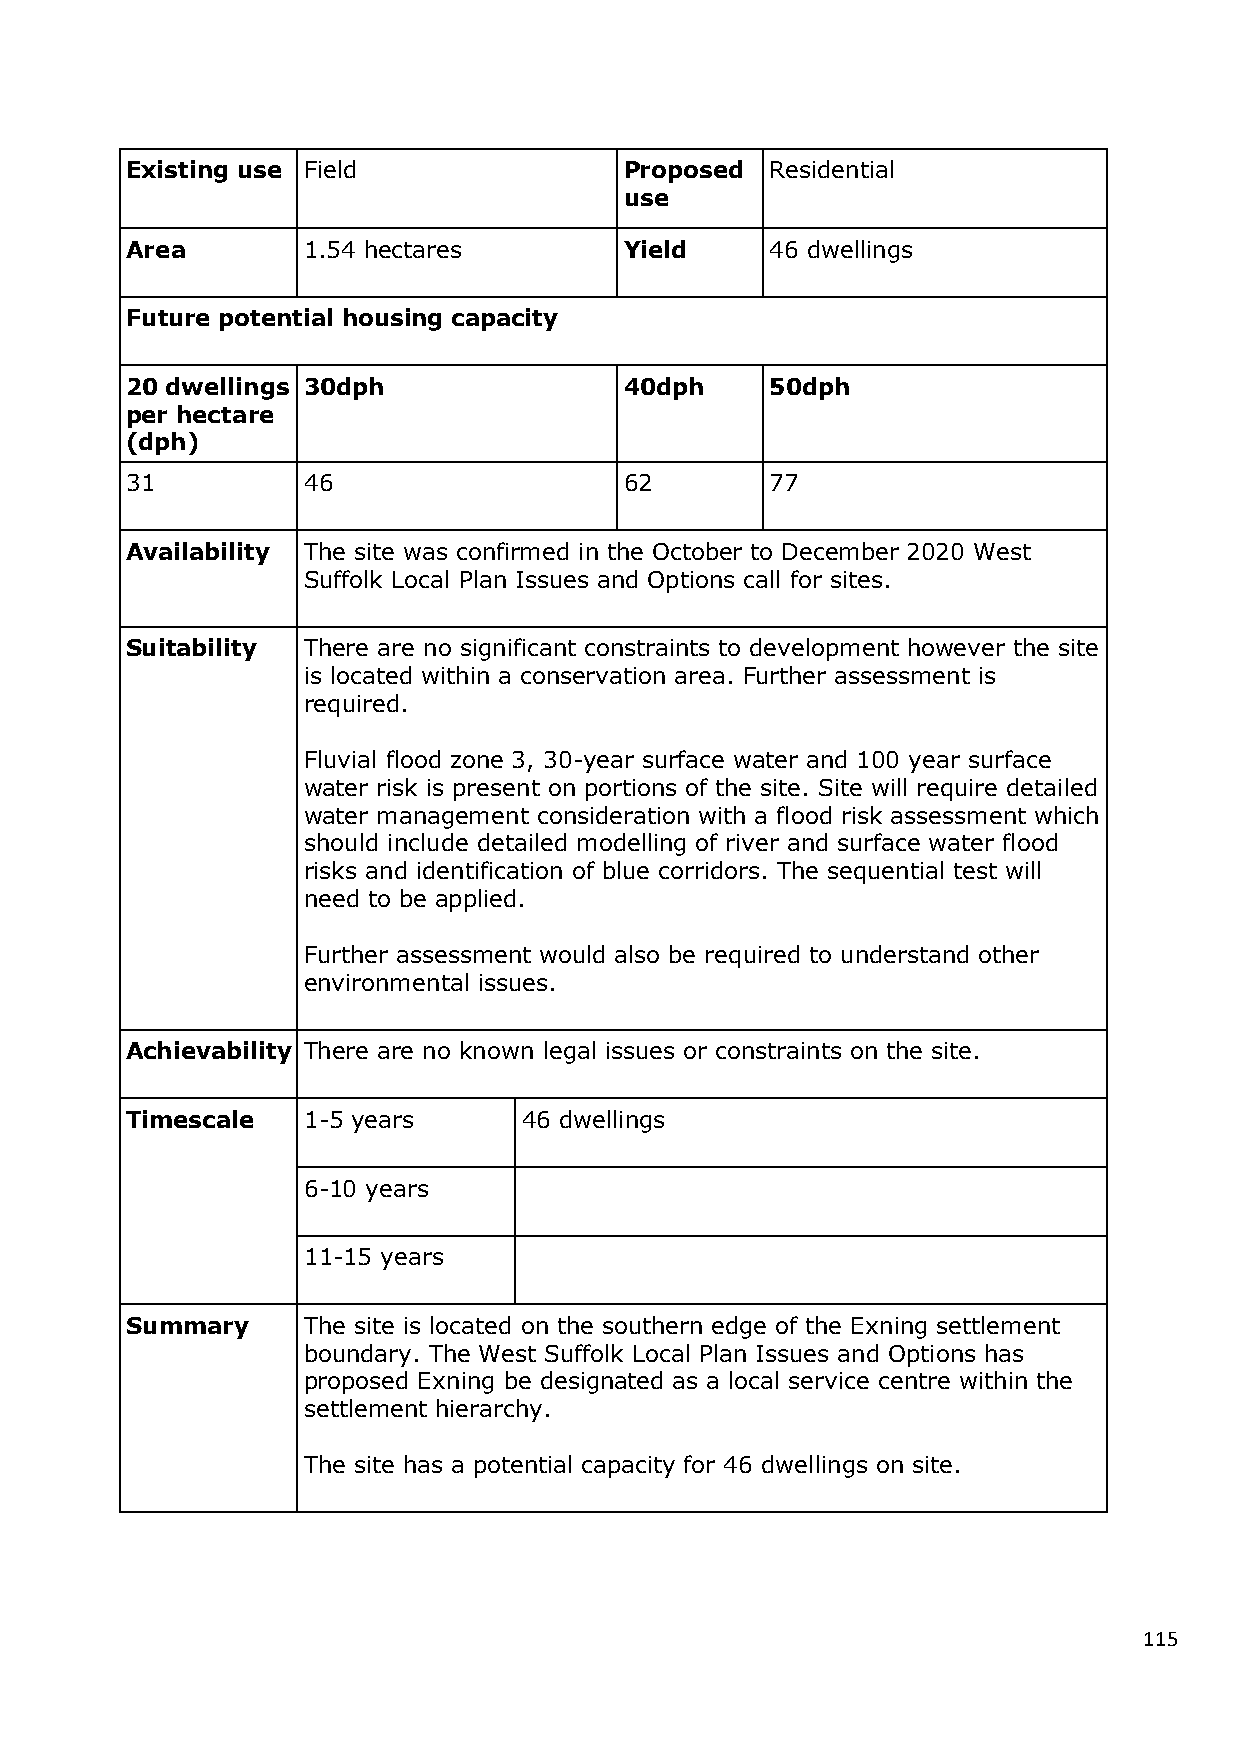
Existing use Field               Proposed  Residential
 use
 Area        1.54 hectares        Yield     46 dwellings
 Future potential housing capacity
 20 dwellings 30dph               40dph     50dph
 per hectare
 (dph)
 31          46                   62        77
 Availability The site was confirmed in the October to December 2020 West
 Suffolk Local Plan Issues and Options call for sites.
 Suitability There are no significant constraints to development however the site
 is located within a conservation area. Further assessment is
 required.
 Fluvial flood zone 3, 30-year surface water and 100 year surface
 water risk is present on portions of the site. Site will require detailed
 water management consideration with a flood risk assessment which
 should include detailed modelling of river and surface water flood
 risks and identification of blue corridors. The sequential test will
 need to be applied.
 Further assessment would also be required to understand other
 environmental issues.
 Achievability There are no known legal issues or constraints on the site.
 Timescale   1-5 years      46 dwellings
 6-10 years
 11-15 years
 Summary     The site is located on the southern edge of the Exning settlement
 boundary. The West Suffolk Local Plan Issues and Options has
 proposed Exning be designated as a local service centre within the
 settlement hierarchy.
 The site has a potential capacity for 46 dwellings on site.
 115